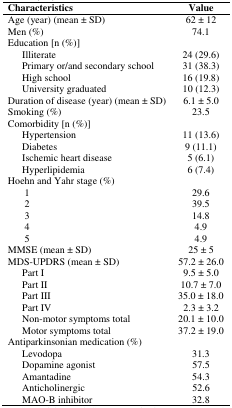
<table><thead><tr><td><b>Characteristics</b></td><td><b>Value</b></td></tr></thead><tbody><tr><td>Age (year) (mean ± SD)</td><td>62 ± 12</td></tr><tr><td>Men (%)</td><td>74.1</td></tr><tr><td>Education [n (%)]</td><td></td></tr><tr><td>Illiterate </td><td>24 (29.6)</td></tr><tr><td>Primary or/and secondary school</td><td>31 (38.3)</td></tr><tr><td>High school</td><td>16 (19.8)</td></tr><tr><td>University graduated </td><td>10 (12.3)</td></tr><tr><td>Duration of disease (year) (mean ± SD)</td><td>6.1 ± 5.0</td></tr><tr><td>Smoking (%)</td><td>23.5</td></tr><tr><td>Comorbidity [n (%)]</td><td></td></tr><tr><td>Hypertension </td><td>11 (13.6)</td></tr><tr><td>Diabetes </td><td>9 (11.1)</td></tr><tr><td>Ischemic heart disease</td><td>5 (6.1)</td></tr><tr><td>Hyperlipidemia </td><td>6 (7.4)</td></tr><tr><td>Hoehn and Yahr stage (%)</td><td></td></tr><tr><td>1</td><td>29.6</td></tr><tr><td>2</td><td>39.5</td></tr><tr><td>3</td><td>14.8</td></tr><tr><td>4</td><td>4.9</td></tr><tr><td>5 </td><td>4.9</td></tr><tr><td>MMSE (mean ± SD)</td><td>25 ± 5</td></tr><tr><td>MDS-UPDRS (mean ± SD) </td><td>57.2 ± 26.0</td></tr><tr><td>Part I</td><td>9.5 ± 5.0</td></tr><tr><td>Part II</td><td>10.7 ± 7.0</td></tr><tr><td>Part III</td><td>35.0 ± 18.0</td></tr><tr><td>Part IV</td><td>2.3 ± 3.2</td></tr><tr><td>Non-motor symptoms total</td><td>20.1 ± 10.0</td></tr><tr><td>Motor symptoms total</td><td>37.2 ± 19.0</td></tr><tr><td>Antiparkinsonian medication (%)</td><td></td></tr><tr><td>Levodopa</td><td>31.3</td></tr><tr><td>Dopamine agonist</td><td>57.5</td></tr><tr><td>Amantadine</td><td>54.3</td></tr><tr><td>Anticholinergic</td><td>52.6</td></tr><tr><td>MAO-B inhibitor</td><td>32.8</td></tr></tbody></table>